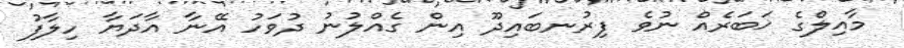
މާއިލްގެ ޚަބަރެއް ނުވެ ފިރުނބައިދޫ އިން ގެއްލުނު ދުވަހު އޭނާ އާދަޔާ ހިލާފު